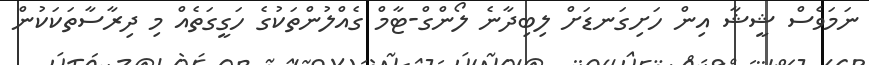
ނަމަވެސް ޝީޝާ އިން ހަށިގަނޑަށް ލިބިދާނެ ލޯންގް-ޓާމް ގެއްލުންތަކުގެ ހަގީގަތެއް މި ދިރާސާތަކަކުން